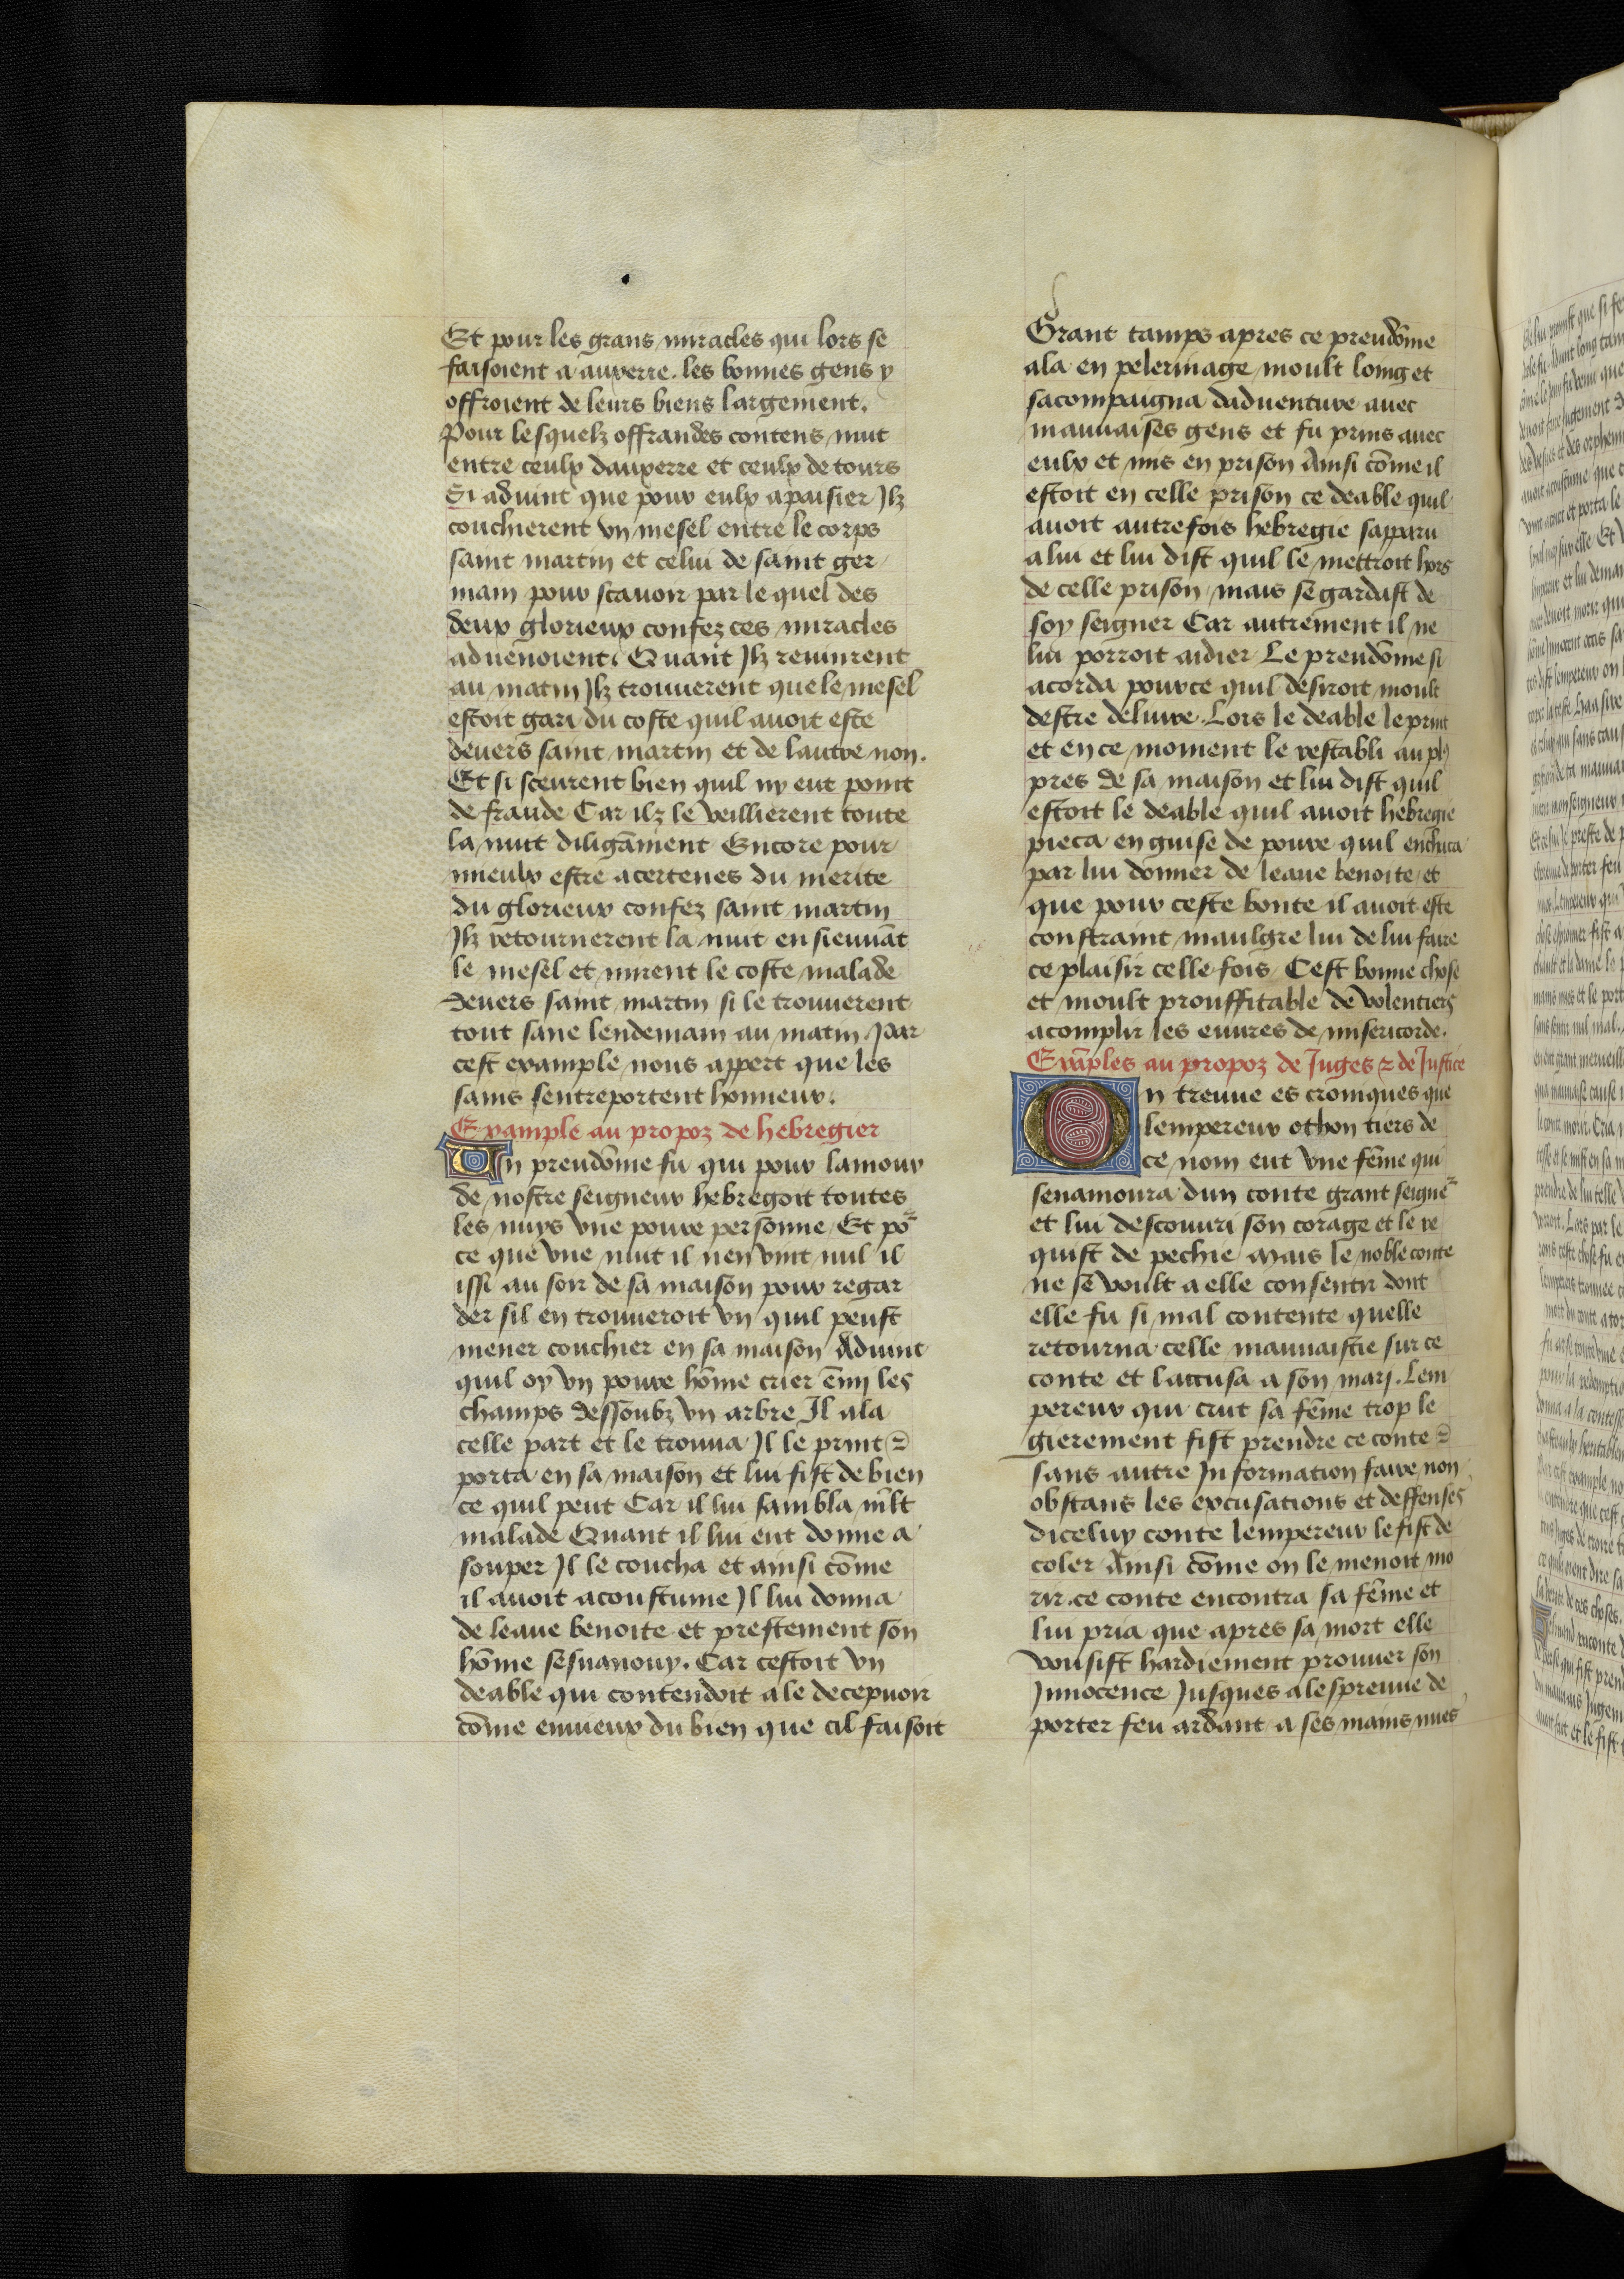
Shelfmark: Bruxelles, KBR, ms. 9232
Century: 15